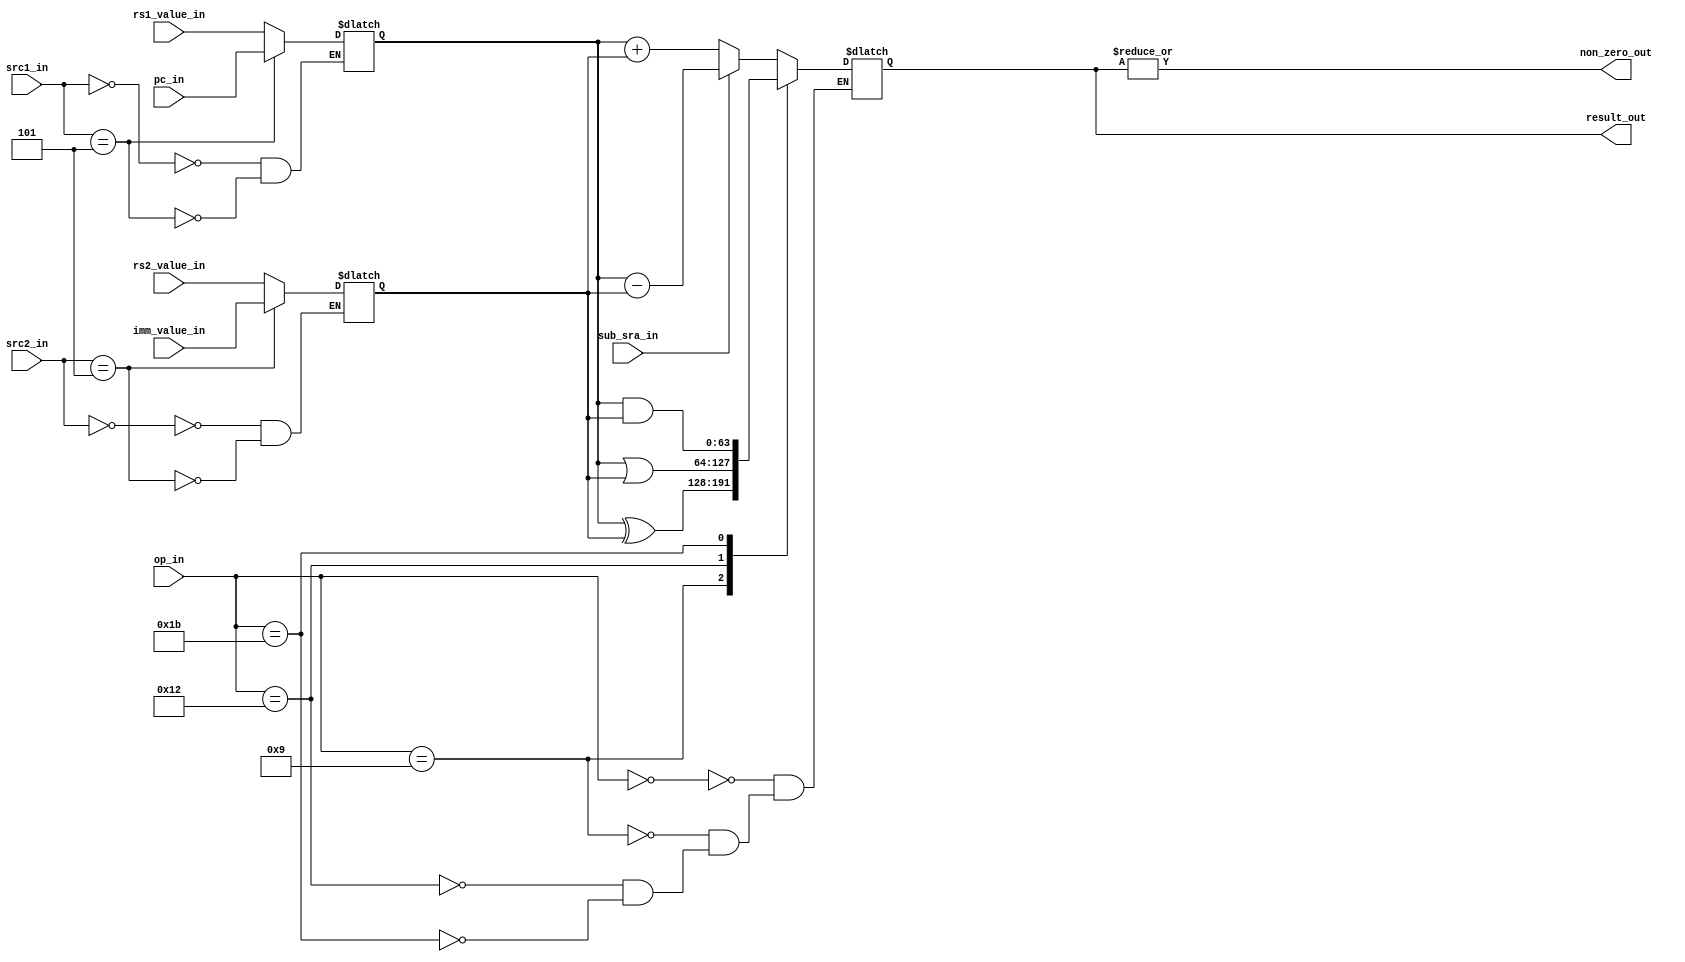
`ifndef ALU
`define ALU

`define ALU_OP_ADD_SUB 6'b000000
`define ALU_OP_XOR     6'b001001
`define ALU_OP_OR      6'b010010
`define ALU_OP_AND     6'b011011
`define ALU_OP_SLL     6'b100100
`define ALU_OP_SRL_SRA 6'b101101
`define ALU_OP_SLT     6'b110110
`define ALU_OP_SLTU    6'b111111

`define ALU_SRC1_REG  4'b0000
`define ALU_SRC1_PC   4'b0101
`define ALU_SRC1_ZERO 4'b1010
`define ALU_SRC2_REG  4'b0000
`define ALU_SRC2_IMM  4'b0101
`define ALU_SRC2_FOUR 4'b1010

module alu (
    
    input [4:0] op_in,
    input sub_sra_in,
    input [2:0] src1_in,
    input [2:0] src2_in,

    input [63:0] pc_in,
    input [63:0] rs1_value_in,
    input [63:0] rs2_value_in,
    input [63:0] imm_value_in,

    output wire non_zero_out,

    output reg [63:0] result_out
);
    reg [63:0] src1;
    reg [63:0] src2;

    wire src1_sign;
    wire src2_sign;

    wire [8:0] shamt;

    wire [64:0] add_sub;
    wire [63:0] srl_sra;

    wire carry;
    wire sign;
    wire ovf;

    wire lt;
    wire ltu;

    always @* begin
        case (src1_in)
            `ALU_SRC1_REG:  src1 = rs1_value_in;
            `ALU_SRC1_PC:   src1 = pc_in;
            `ALU_SRC1_ZERO: src1 = 0;
        endcase

        case (src2_in)
            `ALU_SRC2_REG:  src2 = rs2_value_in;
            `ALU_SRC2_IMM:  src2 = imm_value_in;
            `ALU_SRC2_FOUR: src2 = 8;
        endcase
    end

    assign src1_sign = src1[63];
    assign src2_sign = src2[63];

    assign shamt = src2[8:0];

    assign add_sub = sub_sra_in ? src1 - src2 : src1 + src2;
    assign srl_sra = $signed({sub_sra_in ? src1_sign : 2'b0, src1}) >>> shamt;

    assign carry = add_sub[64];
    assign sign  = add_sub[63];
    assign ovf   = (!src1_sign && src2_sign && sign) || (src1_sign && !src2_sign && !sign);

    assign lt  = sign != ovf;
    assign ltu = carry;

    always @* begin
        case (op_in)
            `ALU_OP_ADD_SUB: result_out = add_sub[63:0];
            `ALU_OP_XOR:     result_out = src1 ^ src2;
            `ALU_OP_OR:      result_out = src1 | src2;
            `ALU_OP_AND:     result_out = src1 & src2;
            `ALU_OP_SLL:     result_out = src1 << shamt;
            `ALU_OP_SRL_SRA: result_out = srl_sra;
            `ALU_OP_SLT:     result_out = {63'b0, lt};
            `ALU_OP_SLTU:    result_out = {63'b0, ltu};
        endcase
    end

    assign non_zero_out = |result_out;
endmodule

`endif